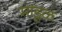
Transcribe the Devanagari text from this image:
मांडूळ